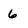
Character: 6